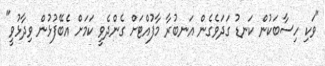
"ވަކި ހިސާބަކުން ކަނޑު ގަދަވެގެން އަނބުރާ މާފުއްޓަށް ގެންދެވީ ކަމަށް އެބޭފުޅުން ވިދާޅުވީ"